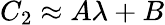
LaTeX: C_{2}\approx A\lambda+B